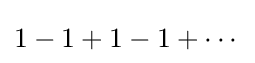
1-1+1-1+\cdots